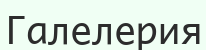
Галелерия